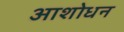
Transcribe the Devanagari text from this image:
आशोधन